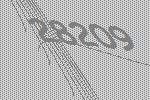
28209